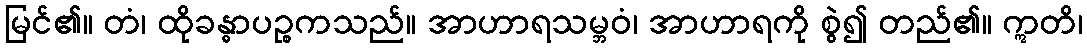
မြင်၏။ တံ၊ ထိုခန္ဓာပဉ္စကသည်။ အာဟာရသမ္ဘဝံ၊ အာဟာရကို စွဲ၍ တည်၏။ ဣတိ၊